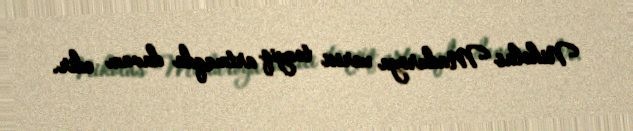
Nikolas Maduroya xarici təzyiq artmaqda davam edir.